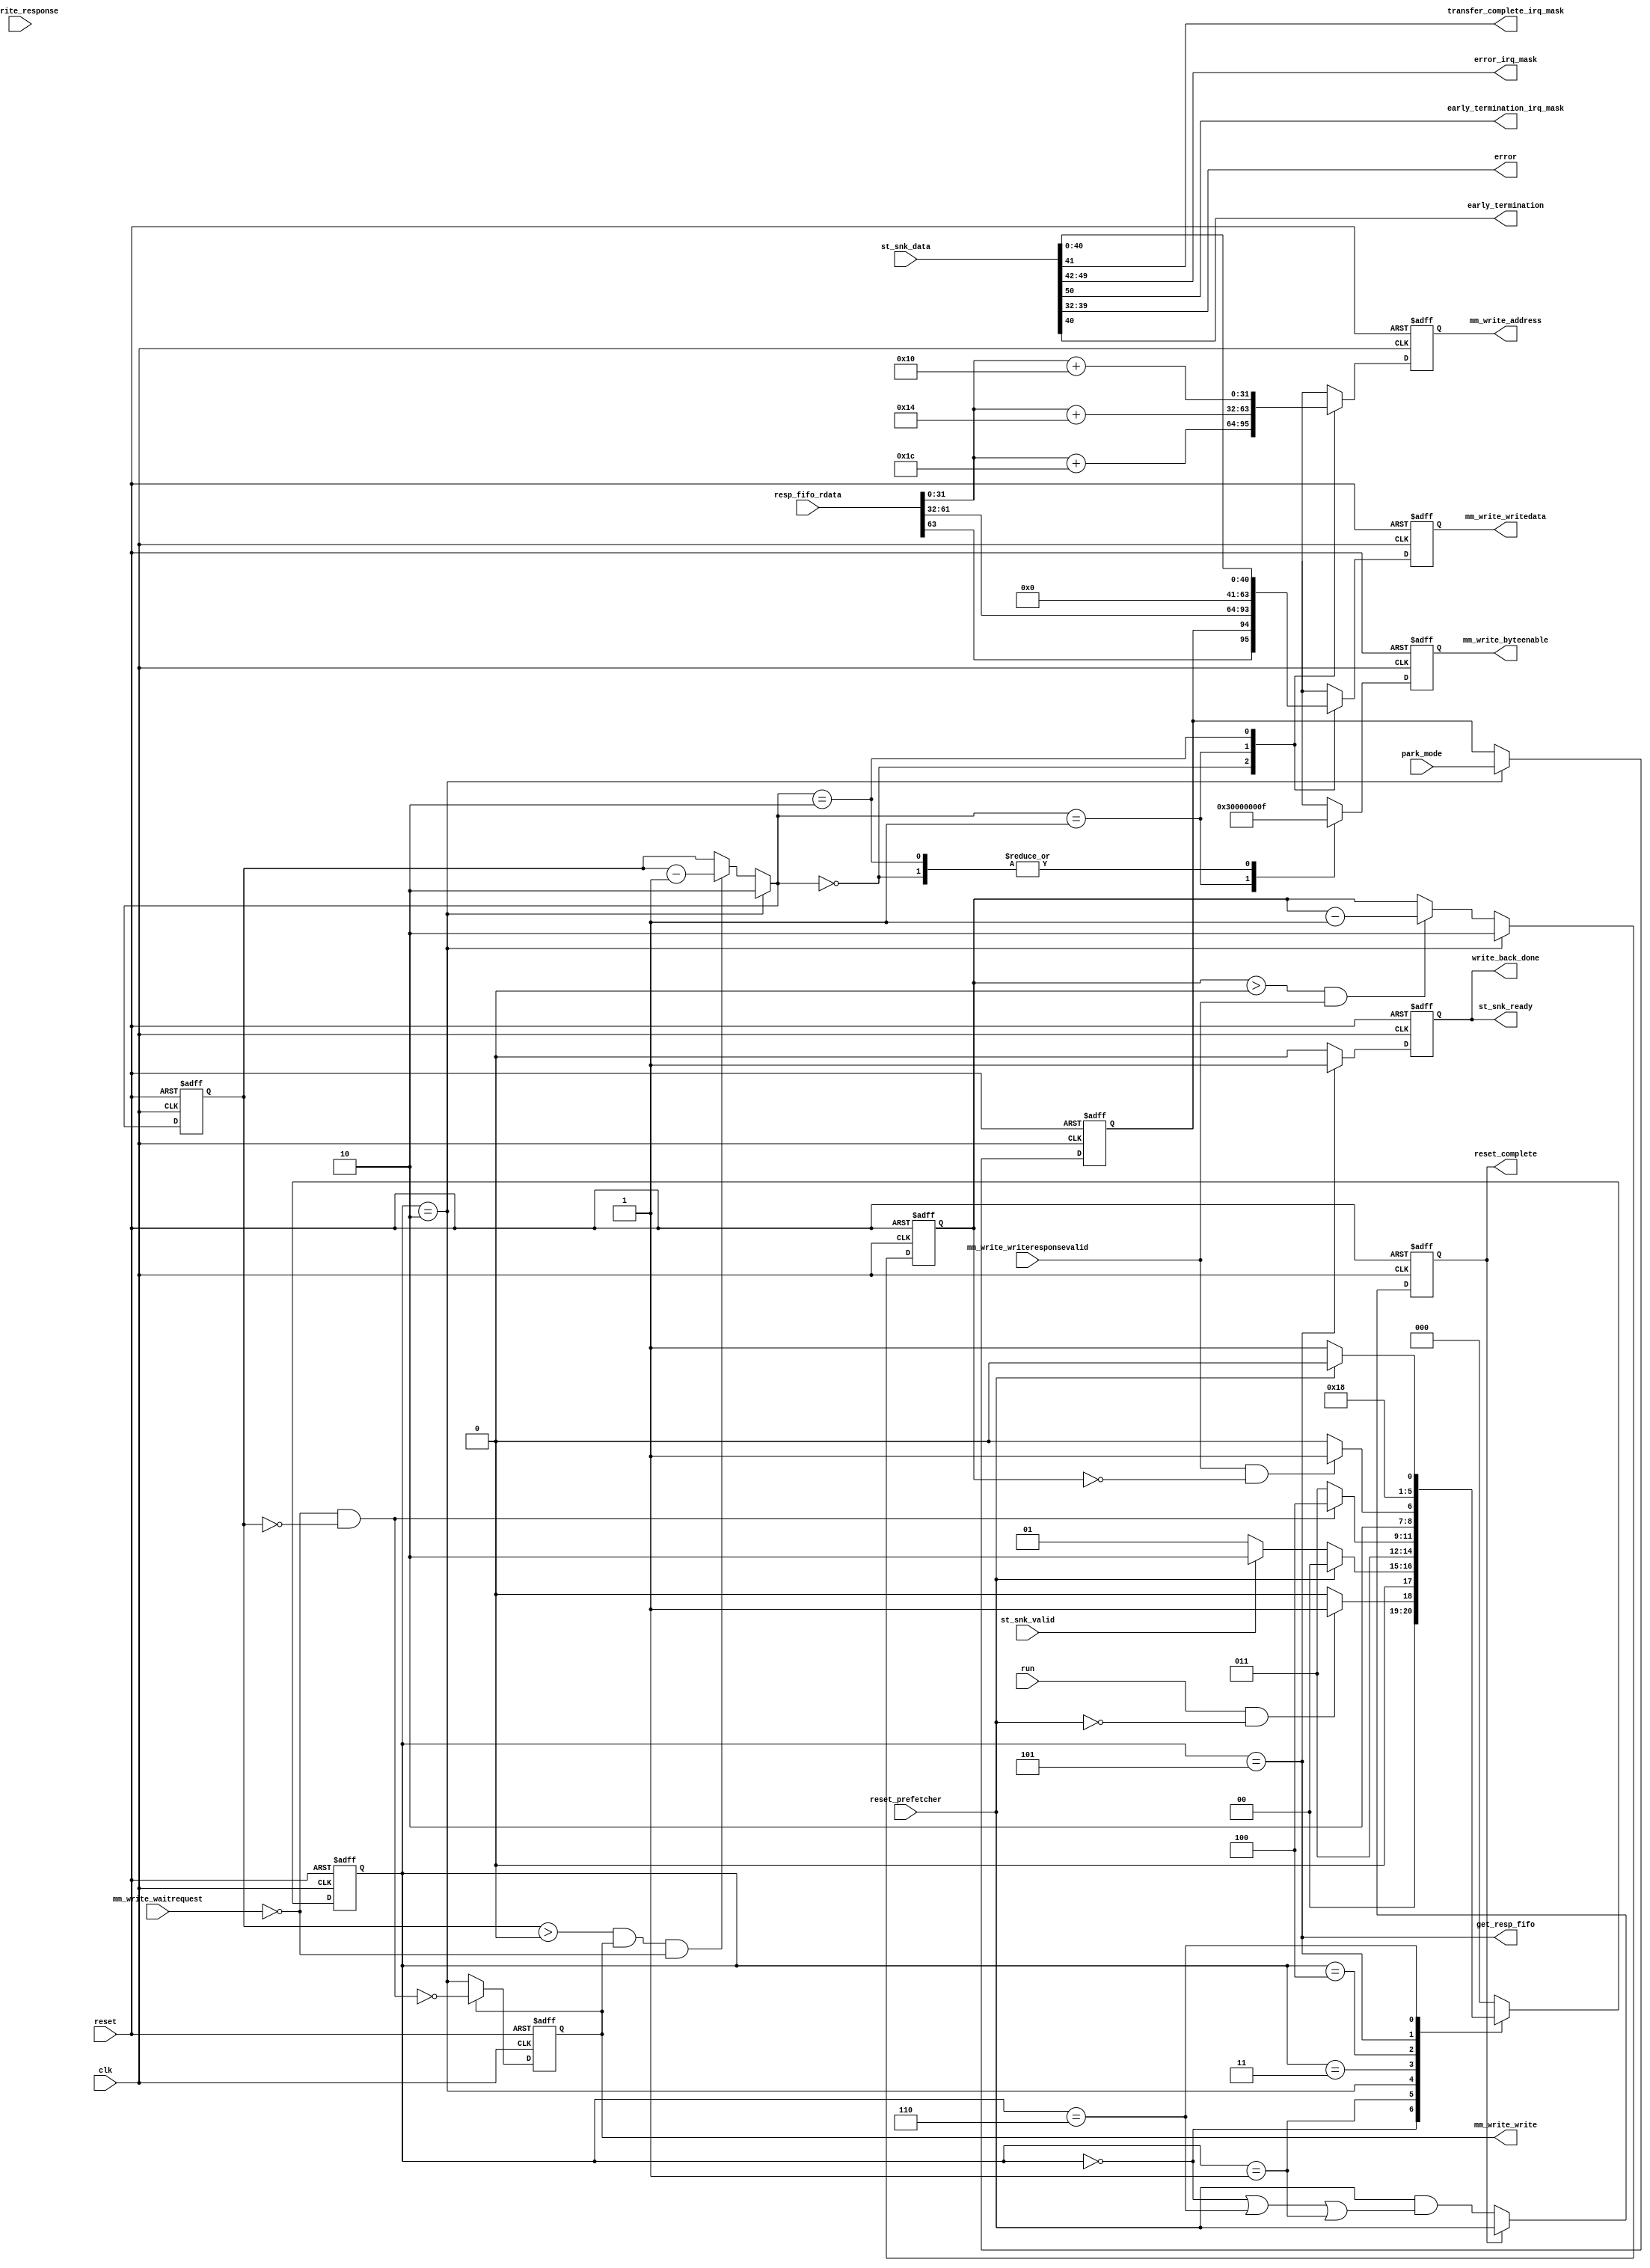
// (C) 2001-2020 Intel Corporation. All rights reserved.
// Your use of Intel Corporation's design tools, logic functions and other 
// software and tools, and its AMPP partner logic functions, and any output 
// files from any of the foregoing (including device programming or simulation 
// files), and any associated documentation or information are expressly subject 
// to the terms and conditions of the Intel Program License Subscription 
// Agreement, Intel FPGA IP License Agreement, or other applicable 
// license agreement, including, without limitation, that your use is for the 
// sole purpose of programming logic devices manufactured by Intel and sold by 
// Intel or its authorized distributors.  Please refer to the applicable 
// agreement for further details.


// synthesis translate_off
`timescale 1ns / 1ps
// synthesis translate_on

module altera_msgdma_prefetcher_write_back #(
    parameter ENHANCED_FEATURES = 0,
    parameter DATA_WIDTH = 32,
    parameter DATA_BYTEENABLE_WIDTH = 32,
    parameter ADDRESS_WIDTH = 32,
    parameter RESPONSE_FIFO_WIDTH = 64
) (
    input                                   clk,
    input                                   reset,

    input                                   mm_write_waitrequest,
    input                                   mm_write_writeresponsevalid,
    input [1:0]                             mm_write_response,  // don't care the response status
    output reg [ADDRESS_WIDTH-1:0]          mm_write_address,
    output reg                              mm_write_write,
    output reg [DATA_WIDTH-1:0]             mm_write_writedata,
    output reg [DATA_BYTEENABLE_WIDTH-1:0]  mm_write_byteenable,

    input                                   st_snk_valid,
    input [255:0]                           st_snk_data,
    output reg                              st_snk_ready,

    input [RESPONSE_FIFO_WIDTH-1:0]         resp_fifo_rdata,
    output                                  get_resp_fifo,

    output                                  write_back_done,
    output                                  transfer_complete_irq_mask,
    output [7:0]                            error_irq_mask,
    output                                  early_termination_irq_mask,
    output [7:0]                            error,
    output                                  early_termination,

    input                                   reset_prefetcher,
    input                                   park_mode,
    input                                   run,
    output reg                              reset_complete

);

localparam [2:0]    IDLE        = 3'b000; 
localparam [2:0]    START       = 3'b001; 
localparam [2:0]    WR_REQ      = 3'b010; 
localparam [2:0]    WR_WAIT     = 3'b011; 
localparam [2:0]    WR_PEND     = 3'b100; 
localparam [2:0]    WR_DONE     = 3'b101; 
localparam [2:0]    ST_READY    = 3'b110; 

reg [2:0]                           desc_wrback_state;
reg [2:0]                           desc_wrback_state_nxt;
reg [1:0]                           wr_req_cnt;
reg [1:0]                           wr_req_cnt_nxt;
reg [1:0]                           wr_resp_cnt;
reg [1:0]                           wr_resp_cnt_nxt;
reg                                 owned_by_hardware_wrback;

wire                                mm_write_write_nxt;
wire                                idle_state;
wire                                wr_req_state;
wire                                wr_done_state;
wire                                st_ready_state;
wire                                start_state;
wire                                wr_req_done;
wire                                wr_resp_done;
wire [ADDRESS_WIDTH-1:0]            nxt_desc_pointer_base;
wire [ADDRESS_WIDTH-1:0]            mm_write_address_int [0:2];
wire [DATA_BYTEENABLE_WIDTH-1:0]    mm_write_byteenable_int [0:2];
wire [DATA_WIDTH-1:0]               mm_write_writedata_int [0:2];
wire                                reset_complete_nxt;


//--------------------------------------------------------------------------------------------//
// Main FSM
//--------------------------------------------------------------------------------------------//
always @(posedge clk or posedge reset) begin
    if (reset)
        desc_wrback_state  <= IDLE;
    else
        desc_wrback_state  <= desc_wrback_state_nxt;
end

always @* begin
    case (desc_wrback_state)
        IDLE: begin
            if (run & ~reset_prefetcher)
                desc_wrback_state_nxt   = START;
            else
                desc_wrback_state_nxt   = IDLE;
        end

        START: begin
            if (reset_prefetcher) // to handle case where reset prefetcher occurs during descriptor poll events and no more response from dispatcher
                desc_wrback_state_nxt   = IDLE;
            else if (st_snk_valid)
                desc_wrback_state_nxt   = WR_REQ;
            else
                desc_wrback_state_nxt   = START;
        end

        WR_REQ: begin
            desc_wrback_state_nxt       = WR_WAIT;
        end
        
        WR_WAIT: begin
            if (wr_req_done)
                desc_wrback_state_nxt   = WR_PEND;
            else
                desc_wrback_state_nxt   = WR_WAIT;
        end
        
        WR_PEND: begin
            if (wr_resp_done)
                desc_wrback_state_nxt   = WR_DONE;
            else
                desc_wrback_state_nxt   = WR_PEND;
        end
        
        WR_DONE: begin
            desc_wrback_state_nxt       = ST_READY;
        end
        
        ST_READY: begin
            if (reset_prefetcher)
                desc_wrback_state_nxt       = IDLE;
            else
                desc_wrback_state_nxt       = START;
        end

        default: begin
            desc_wrback_state_nxt  = IDLE;
        end

    endcase
end 



//--------------------------------------------------------------------------------------------//
// Avalon MM Write Back registers
//--------------------------------------------------------------------------------------------//
always @(posedge clk or posedge reset) begin
    if (reset)
        mm_write_write   <= 1'b0;
    else
        mm_write_write   <= mm_write_write_nxt;
end

assign mm_write_write_nxt = mm_write_write ? ~wr_req_done : wr_req_state;

always @(posedge clk or posedge reset) begin
    if (reset) begin
        mm_write_address        <= 0;
        mm_write_byteenable     <= 0;
        mm_write_writedata      <= 0;
    end
    else begin
        mm_write_address        <= mm_write_address_int[wr_req_cnt_nxt];
        mm_write_byteenable     <= mm_write_byteenable_int[wr_req_cnt_nxt];
        mm_write_writedata      <= mm_write_writedata_int[wr_req_cnt_nxt];
    end
end



//--------------------------------------------------------------------------------------------//
// Write req counter
//--------------------------------------------------------------------------------------------//
always @(posedge clk or posedge reset) begin
    if (reset)
        wr_req_cnt   <= 0;
    else
        wr_req_cnt   <= wr_req_cnt_nxt;
end

always @* begin
    if (wr_req_state)
        wr_req_cnt_nxt = 2'h2;
    else if ((wr_req_cnt > 0) & mm_write_write & ~mm_write_waitrequest)
        wr_req_cnt_nxt = wr_req_cnt - 1;
    else
        wr_req_cnt_nxt = wr_req_cnt;
end


//--------------------------------------------------------------------------------------------//
// Write resp counter
//--------------------------------------------------------------------------------------------//
always @(posedge clk or posedge reset) begin
    if (reset)
        wr_resp_cnt   <= 0;
    else
        wr_resp_cnt   <= wr_resp_cnt_nxt;
end

always @* begin
    if (wr_req_state)
        wr_resp_cnt_nxt = 2'h2;
    else if ((wr_resp_cnt > 0) & mm_write_writeresponsevalid)
        wr_resp_cnt_nxt = wr_resp_cnt - 1;
    else
        wr_resp_cnt_nxt = wr_resp_cnt;
end


//--------------------------------------------------------------------------------------------//
// Snapshot park_mode csr value each time before write back transaction begins case:321667
//--------------------------------------------------------------------------------------------//
always @(posedge clk or posedge reset) begin
    if (reset)
        owned_by_hardware_wrback    <= 0;
    else if (wr_req_state)
        owned_by_hardware_wrback    <= park_mode;
end


//--------------------------------------------------------------------------------------------//
// Avalon ST registers
//--------------------------------------------------------------------------------------------//
always @(posedge clk or posedge reset) begin
    if (reset)
        st_snk_ready    <= 1'b0;
    else if (wr_done_state)
        st_snk_ready    <= 1'b1;
    else
        st_snk_ready    <= 1'b0;
end


//--------------------------------------------------------------------------------------------//
// Reset Prefetcher Complete bit
//--------------------------------------------------------------------------------------------//
always @(posedge clk or posedge reset) begin
    if (reset)
        reset_complete  <= 1'b0;
    else
        reset_complete  <= reset_complete_nxt;
end

assign reset_complete_nxt = reset_complete ? reset_prefetcher : (reset_prefetcher & (idle_state | st_ready_state | start_state));


//--------------------------------------------------------------------------------------------//
// Combinatorial assignment
//--------------------------------------------------------------------------------------------//
assign idle_state                   = (desc_wrback_state == IDLE);
assign wr_req_state                 = (desc_wrback_state == WR_REQ);
assign wr_done_state                = (desc_wrback_state == WR_DONE);
assign st_ready_state               = (desc_wrback_state == ST_READY);
assign start_state                  = (desc_wrback_state == START);
assign wr_req_done                  = ~mm_write_waitrequest & (wr_req_cnt == 0);
assign wr_resp_done                 = mm_write_writeresponsevalid & (wr_resp_cnt == 0);
assign get_resp_fifo                = wr_done_state; // Ensure the next resp data is available during worst case scenario (back to back write back).Resp fifo has read latency of 2. 
assign write_back_done              = st_snk_ready;
assign error                        = st_snk_data[39:32];
assign early_termination            = st_snk_data[40];
assign transfer_complete_irq_mask   = st_snk_data[41];
assign error_irq_mask               = st_snk_data[49:42];
assign early_termination_irq_mask   = st_snk_data[50];

generate
if (ENHANCED_FEATURES) begin

    assign nxt_desc_pointer_base    = resp_fifo_rdata[63:0];

    if (DATA_WIDTH == 32) begin
        assign mm_write_address_int[2]      = nxt_desc_pointer_base + 16; 
        assign mm_write_address_int[1]      = nxt_desc_pointer_base + 20; 
        assign mm_write_address_int[0]      = nxt_desc_pointer_base + 60; 
        
        assign mm_write_byteenable_int[2]   = 4'hf;
        assign mm_write_byteenable_int[1]   = 4'h3;
        assign mm_write_byteenable_int[0]   = 4'hf;
        
        assign mm_write_writedata_int[2]   = {st_snk_data[31:0]};
        assign mm_write_writedata_int[1]   = {23'h0, st_snk_data[40:32]};
        assign mm_write_writedata_int[0]   = {resp_fifo_rdata[95], owned_by_hardware_wrback, resp_fifo_rdata[93:64]};

    end
    else if (DATA_WIDTH == 64) begin
        assign mm_write_address_int[2]      = nxt_desc_pointer_base + 16; 
        assign mm_write_address_int[1]      = nxt_desc_pointer_base + 16; 
        assign mm_write_address_int[0]      = nxt_desc_pointer_base + 56; 
        
        assign mm_write_byteenable_int[2]   = 8'h0f;
        assign mm_write_byteenable_int[1]   = 8'h30;
        assign mm_write_byteenable_int[0]   = 8'hf0;
        
        assign mm_write_writedata_int[2]   = {32'h0, st_snk_data[31:0]};
        assign mm_write_writedata_int[1]   = {23'h0, st_snk_data[40:32], 32'h0};
        assign mm_write_writedata_int[0]   = {resp_fifo_rdata[95], owned_by_hardware_wrback, resp_fifo_rdata[93:64], 32'h0};

    end
    else if (DATA_WIDTH == 128) begin
        assign mm_write_address_int[2]      = nxt_desc_pointer_base + 16; 
        assign mm_write_address_int[1]      = nxt_desc_pointer_base + 16; 
        assign mm_write_address_int[0]      = nxt_desc_pointer_base + 48; 
        
        assign mm_write_byteenable_int[2]   = 16'h000f;
        assign mm_write_byteenable_int[1]   = 16'h0030;
        assign mm_write_byteenable_int[0]   = 16'hf000;
        
        assign mm_write_writedata_int[2]   = {96'h0, st_snk_data[31:0]};
        assign mm_write_writedata_int[1]   = {87'h0, st_snk_data[40:32], 32'h0};
        assign mm_write_writedata_int[0]   = {resp_fifo_rdata[95], owned_by_hardware_wrback, resp_fifo_rdata[93:64], 96'h0};

    end
    else if (DATA_WIDTH == 256) begin
        assign mm_write_address_int[2]      = nxt_desc_pointer_base + 0; 
        assign mm_write_address_int[1]      = nxt_desc_pointer_base + 0; 
        assign mm_write_address_int[0]      = nxt_desc_pointer_base + 32; 
        
        assign mm_write_byteenable_int[2]   = 32'h000f0000;
        assign mm_write_byteenable_int[1]   = 32'h00300000;
        assign mm_write_byteenable_int[0]   = 32'hf0000000;
        
        assign mm_write_writedata_int[2]   = {96'h0, st_snk_data[31:0], 128'h0};
        assign mm_write_writedata_int[1]   = {87'h0, st_snk_data[40:32], 160'h0};
        assign mm_write_writedata_int[0]   = {resp_fifo_rdata[95], owned_by_hardware_wrback, resp_fifo_rdata[93:64], 224'h0};

    end
    else if (DATA_WIDTH == 512) begin
        assign mm_write_address_int[2]      = nxt_desc_pointer_base + 0; 
        assign mm_write_address_int[1]      = nxt_desc_pointer_base + 0; 
        assign mm_write_address_int[0]      = nxt_desc_pointer_base + 0; 
        
        assign mm_write_byteenable_int[2]   = 64'h00000000000f0000;
        assign mm_write_byteenable_int[1]   = 64'h0000000000300000;
        assign mm_write_byteenable_int[0]   = 64'hf000000000000000;
        
        assign mm_write_writedata_int[2]   = {352'h0, st_snk_data[31:0], 128'h0};
        assign mm_write_writedata_int[1]   = {343'h0, st_snk_data[40:32], 160'h0};
        assign mm_write_writedata_int[0]   = {resp_fifo_rdata[95], owned_by_hardware_wrback, resp_fifo_rdata[93:64], 480'h0};

    end

end
else begin

    assign nxt_desc_pointer_base    = resp_fifo_rdata[31:0];

    if (DATA_WIDTH == 32) begin
        assign mm_write_address_int[2]      = nxt_desc_pointer_base + 16; 
        assign mm_write_address_int[1]      = nxt_desc_pointer_base + 20; 
        assign mm_write_address_int[0]      = nxt_desc_pointer_base + 28; 
        
        assign mm_write_byteenable_int[2]   = 4'hf;
        assign mm_write_byteenable_int[1]   = 4'h3;
        assign mm_write_byteenable_int[0]   = 4'hf;
        
        assign mm_write_writedata_int[2]   = {st_snk_data[31:0]};
        assign mm_write_writedata_int[1]   = {23'h0, st_snk_data[40:32]};
        assign mm_write_writedata_int[0]   = {resp_fifo_rdata[63], owned_by_hardware_wrback, resp_fifo_rdata[61:32]};
    
    end
    else if (DATA_WIDTH == 64) begin
        assign mm_write_address_int[2]      = nxt_desc_pointer_base + 16; 
        assign mm_write_address_int[1]      = nxt_desc_pointer_base + 16; 
        assign mm_write_address_int[0]      = nxt_desc_pointer_base + 24; 
        
        assign mm_write_byteenable_int[2]   = 8'h0f;
        assign mm_write_byteenable_int[1]   = 8'h30;
        assign mm_write_byteenable_int[0]   = 8'hf0;
        
        assign mm_write_writedata_int[2]   = {32'h0, st_snk_data[31:0]};
        assign mm_write_writedata_int[1]   = {23'h0, st_snk_data[40:32], 32'h0};
        assign mm_write_writedata_int[0]   = {resp_fifo_rdata[63], owned_by_hardware_wrback, resp_fifo_rdata[61:32], 32'h0};

    end
    else if (DATA_WIDTH == 128) begin
        assign mm_write_address_int[2]      = nxt_desc_pointer_base + 16; 
        assign mm_write_address_int[1]      = nxt_desc_pointer_base + 16; 
        assign mm_write_address_int[0]      = nxt_desc_pointer_base + 16; 
        
        assign mm_write_byteenable_int[2]   = 16'h000f;
        assign mm_write_byteenable_int[1]   = 16'h0030;
        assign mm_write_byteenable_int[0]   = 16'hf000;
        
        assign mm_write_writedata_int[2]   = {96'h0, st_snk_data[31:0]};
        assign mm_write_writedata_int[1]   = {87'h0, st_snk_data[40:32], 32'h0};
        assign mm_write_writedata_int[0]   = {resp_fifo_rdata[63], owned_by_hardware_wrback, resp_fifo_rdata[61:32], 96'h0};

    end
    else if (DATA_WIDTH == 256) begin
        assign mm_write_address_int[2]      = nxt_desc_pointer_base + 0; 
        assign mm_write_address_int[1]      = nxt_desc_pointer_base + 0; 
        assign mm_write_address_int[0]      = nxt_desc_pointer_base + 0; 
        
        assign mm_write_byteenable_int[2]   = 32'h000f0000;
        assign mm_write_byteenable_int[1]   = 32'h00300000;
        assign mm_write_byteenable_int[0]   = 32'hf0000000;
        
        assign mm_write_writedata_int[2]   = {96'h0, st_snk_data[31:0], 128'h0};
        assign mm_write_writedata_int[1]   = {87'h0, st_snk_data[40:32], 160'h0};
        assign mm_write_writedata_int[0]   = {resp_fifo_rdata[63], owned_by_hardware_wrback, resp_fifo_rdata[61:32], 224'h0};

    end
end
endgenerate

endmodule